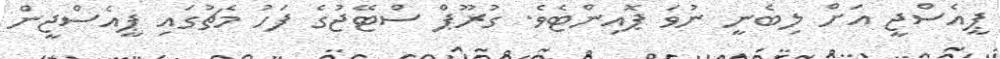
ޕީއެސްޖީ އަށް ލިބެނީ ނުވަ ޕޮއިންޓެވެ. ގުރޫޕް ސްޓޭޖުގެ ފަހު މެޗުގައި ޕީއެސްޖީން